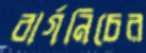
বার্গনিচের